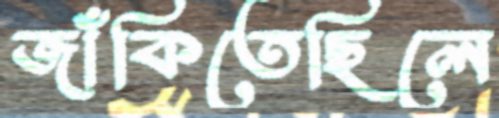
জাঁকিতেছিলে